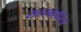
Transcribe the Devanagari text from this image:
सरस्वतीतंत्र